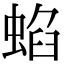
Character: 蜭